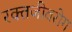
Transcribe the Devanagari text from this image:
रक्तजीवरोग